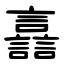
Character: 譶